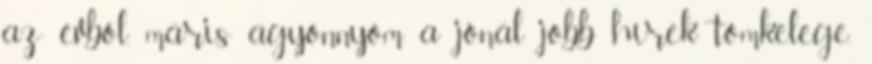
az évből, máris agyonnyom a jónál jobb hírek tömkelege.